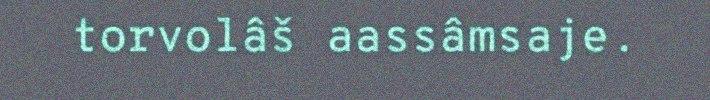
torvolâš aassâmsaje.